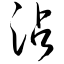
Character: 沾